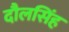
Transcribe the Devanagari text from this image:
दौलसिंह